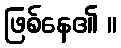
ဖြစ်နေ၏ ။